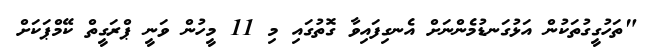
"ތަހުގީގުތަކުން އަޅުގަނޑުމެންނަށް އެނގިފައިވާ ގޮތުގައި މި 11 މީހުން ވަނީ ޕްރަގީތް ކޭމްޕަކަށް